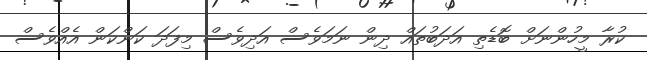
ކުރާ މީހުންނަށް ބޮޑެތި އަދަބުތައް ދިން ނަމަވެސް އަދިވެސް މިފަދަ ކަންކަން އެއްވެސް